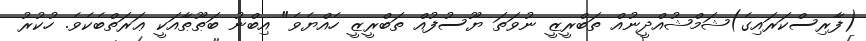
(ފާރިސްކަރައިގެ)ޝަމްޝުއްދީނުއް ތަބްރީޒީ ނުވަތަ ޔޫސުފުއް ތަބްރީޒީ ހެއްޔެވެ" އިބްނު ބަޠޫޠާއަކީ ޢަރަތްބެކެވެ. ހުކުރު